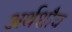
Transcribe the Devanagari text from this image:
अर्थशौच